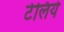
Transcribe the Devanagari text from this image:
टेलिये